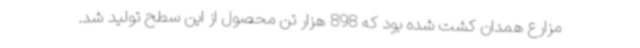
مزارع همدان کشت شده بود که 898 هزار تن محصول از این سطح تولید شد.